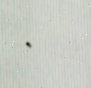
٠